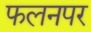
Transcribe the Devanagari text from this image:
फलनपर